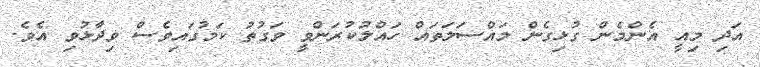
އަދި މިއީ އެންމެން ގުޅިގެން މައްސަލަތައް ހައްލުކުރަންވީ ވަގުތު ކަމުގައިވެސް ވިދާޅުވި އެވެ.